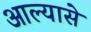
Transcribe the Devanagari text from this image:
आल्यासे